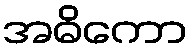
အဓိကော